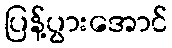
ပြန့်ပွားအောင်